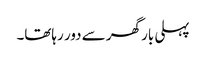
پہلی بار گھر سے دور رہاتھا۔